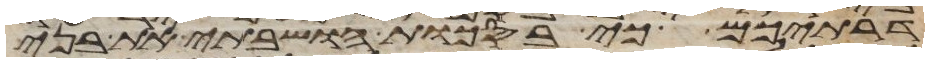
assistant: דרתיכם כי בסכות הושבתי את בני